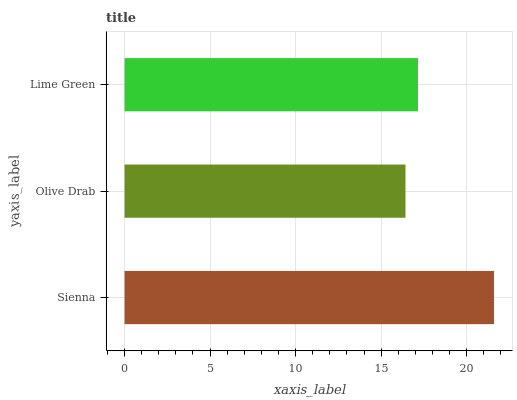
| yaxis_label | bars |
 | --- | --- |
 | Sienna | 21.6 |
 | Olive Drab | 16.4 |
 | Lime Green | 17.2 |